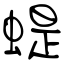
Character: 蝭